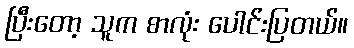
ပြီးတော့ သူက စာလုံး ပေါင်းပြတယ်။